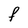
Character: F